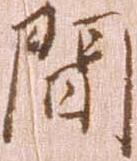
間